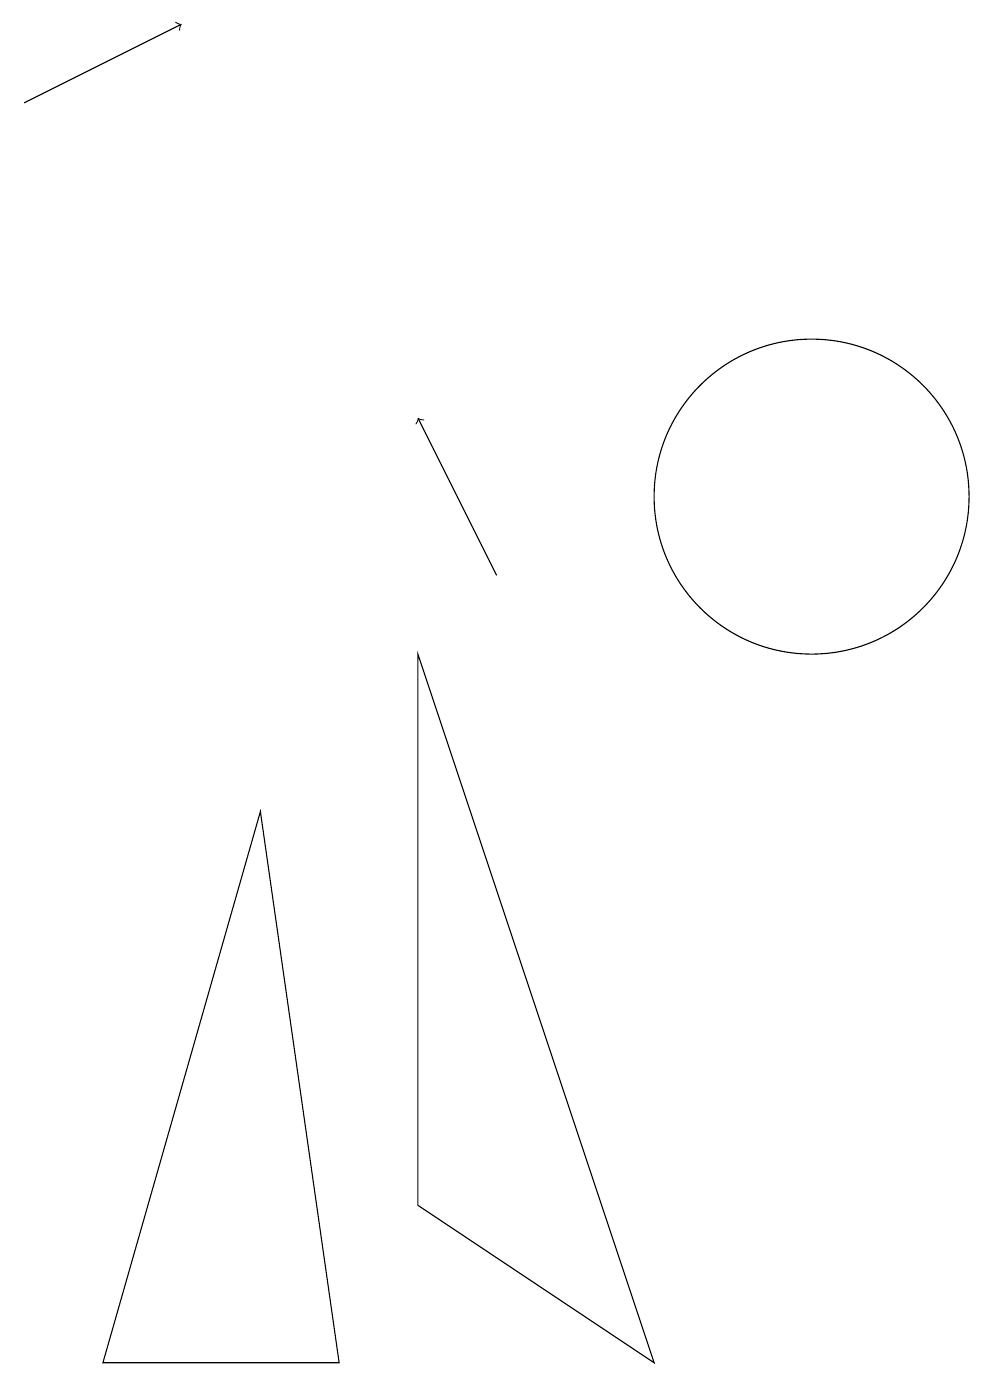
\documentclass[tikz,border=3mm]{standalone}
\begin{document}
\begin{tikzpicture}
\draw[->] (0,16) -- (2,17);
\draw[->] (6,10) -- (5,12);
\draw (5,9) -- (5,2) -- (8,0) -- cycle;
\draw (10,11) circle (2);
\draw (3,7) -- (1,0) -- (4,0) -- cycle;
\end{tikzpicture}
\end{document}